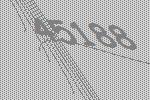
45188